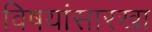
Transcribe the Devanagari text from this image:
विषयांसारखा